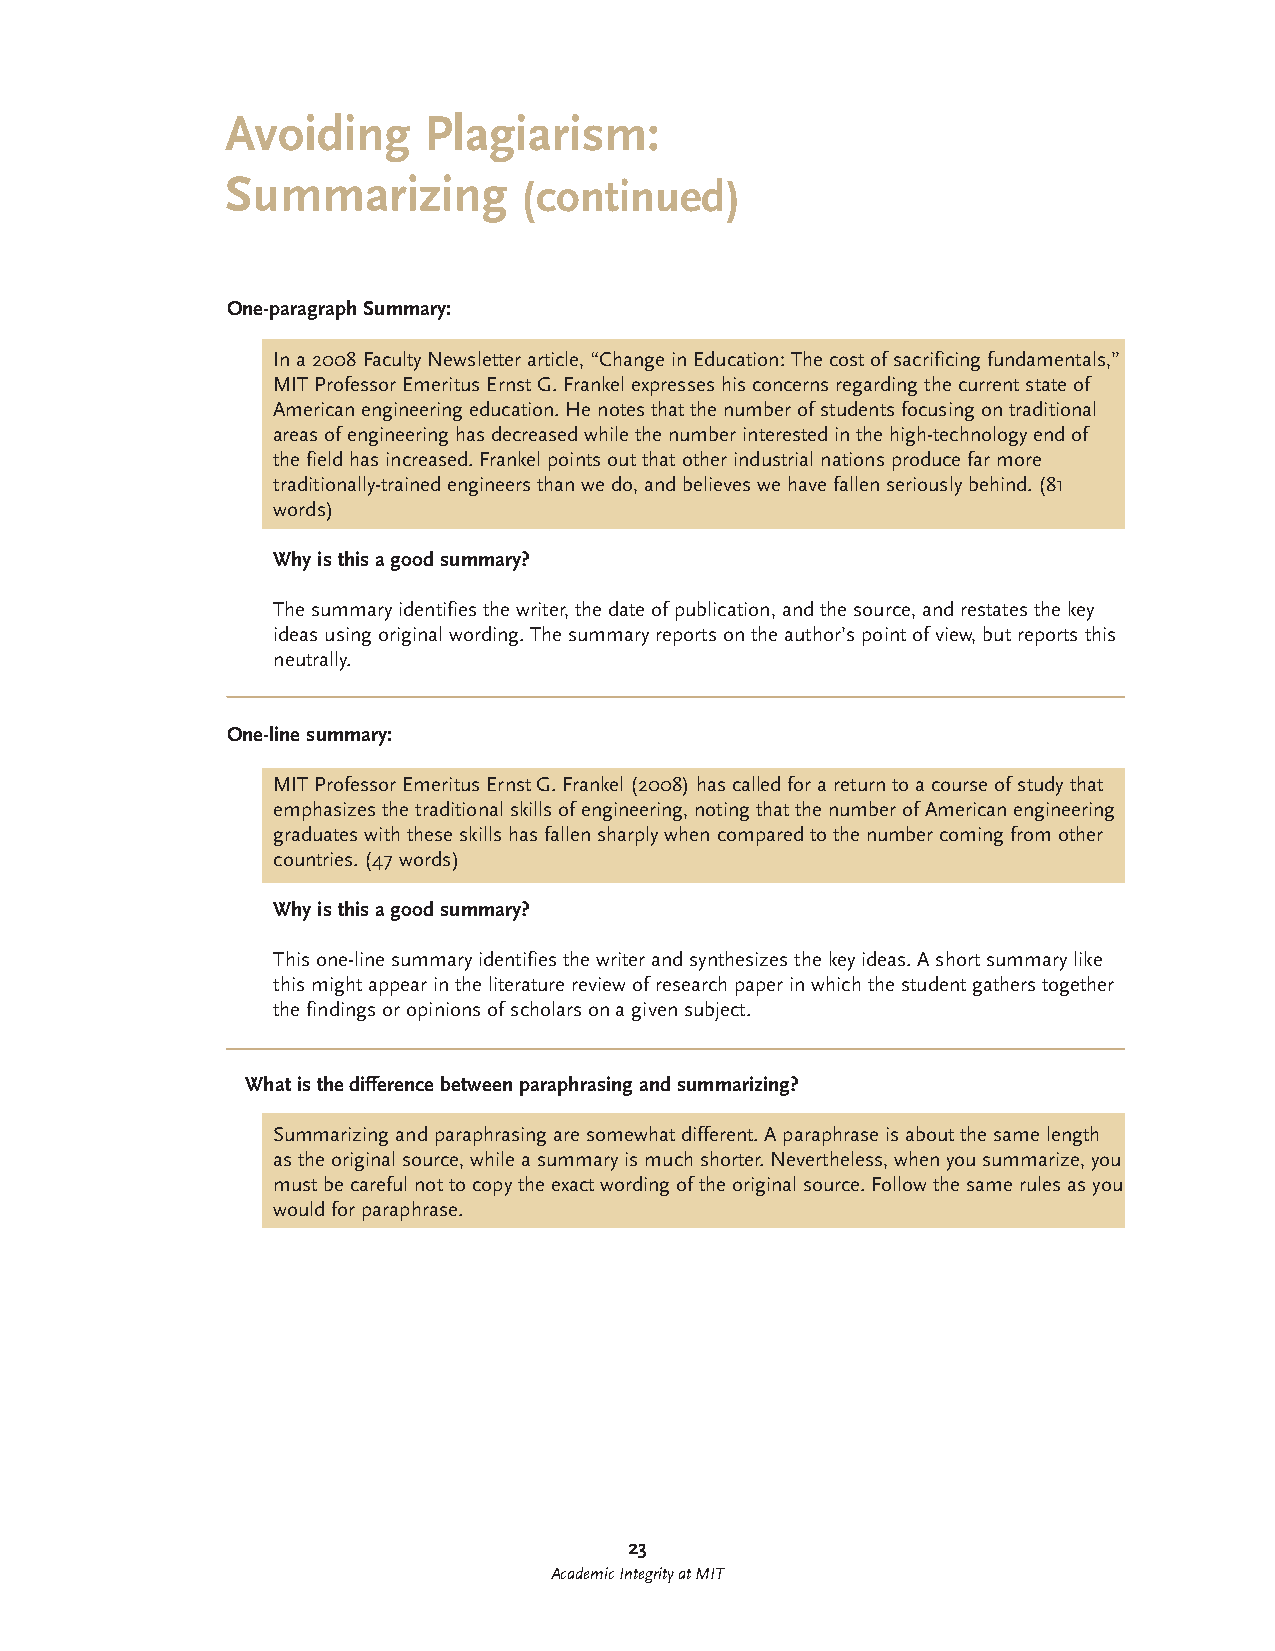
Avoiding     Plagiarism:
 Summarizing         (continued)
 One-paragraph Summary:
 In a 2008 Faculty Newsletter article, “Change in Education: The cost of sacrificing fundamentals,”
 MIT Professor Emeritus Ernst G. Frankel expresses his concerns regarding the current state of
 American engineering education. He notes that the number of students focusing on traditional
 areas of engineering has decreased while the number interested in the high-technology end of
 the field has increased. Frankel points out that other industrial nations produce far more
 traditionally-trained engineers than we do, and believes we have fallen seriously behind. (81
 words)
 Why is this a good summary?
 The summary identifies the writer, the date of publication, and the source, and restates the key
 ideas using original wording. The summary reports on the author’s point of view, but reports this
 neutrally.
 One-line summary:
 MIT Professor Emeritus Ernst G. Frankel (2008) has called for a return to a course of study that
 emphasizes the traditional skills of engineering, noting that the number of American engineering
 graduates with these skills has fallen sharply when compared to the number coming from other
 countries. (47 words)
 Why is this a good summary?
 This one-line summary identifies the writer and synthesizes the key ideas. A short summary like
 this might appear in the literature review of research paper in which the student gathers together
 the findings or opinions of scholars on a given subject.
 What is the difference between paraphrasing and summarizing?
 Summarizing and paraphrasing are somewhat different. A paraphrase is about the same length
 as the original source, while a summary is much shorter. Nevertheless, when you summarize, you
 must be careful not to copy the exact wording of the original source. Follow the same rules as you
 would for paraphrase.
 23
 Academic Integrity at MIT